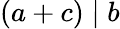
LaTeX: (a+c)\mid b